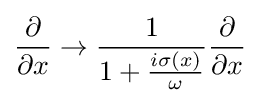
{\frac {\partial }{\partial x}}\to {\frac {1}{1+{\frac {i\sigma (x)}{\omega }}}}{\frac {\partial }{\partial x}}